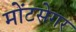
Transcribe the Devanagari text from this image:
मोंटसेगर